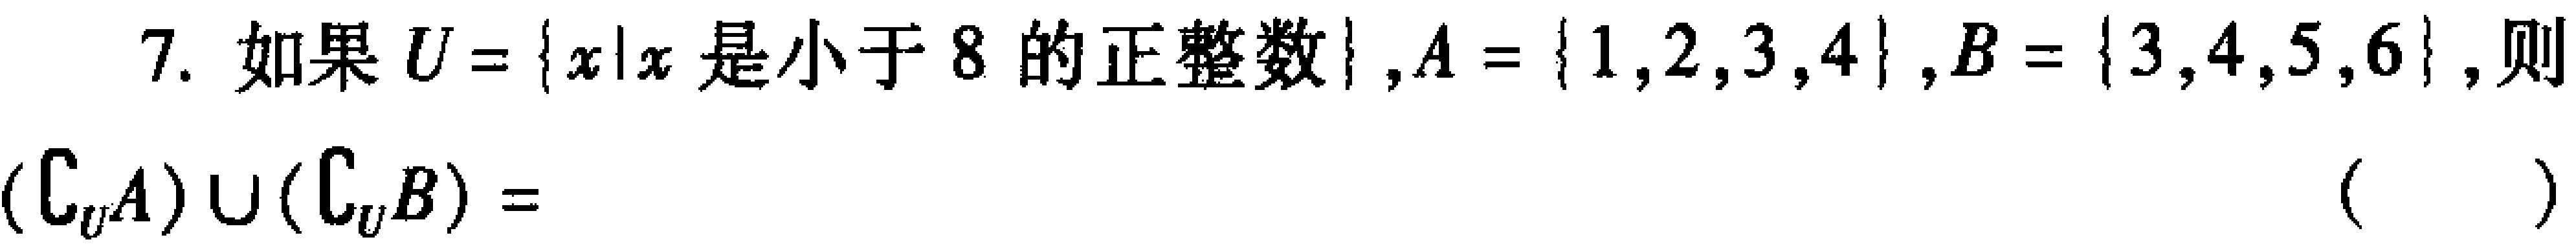
7. 如果$U = \{x|x\text{ 是小于 }8\text{ 的正整数}\}$,$A = \{1,2,3,4\}$,$B = \{3,4,5,6\}$,则$(\complement_U A)\cup(\complement_U B)=$ （  ）